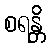
စရန္တိ